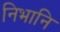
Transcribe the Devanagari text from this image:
निभानि